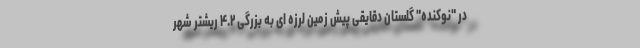
در "نوکنده" گلستان دقایقی پیش زمین لرزه ای به بزرگی ۴.۲ ریشتر شهر